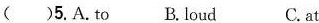
( )5.A. to B.loud C.at